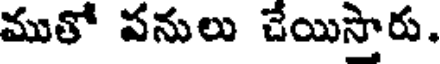
ముతో పనులు చేయిస్తారు.